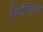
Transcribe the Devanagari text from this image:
रीगर्गिटेशन